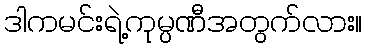
ဒါကမင်းရဲ့ကုမ္ပဏီအတွက်လား။